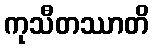
ကုသီတဿာတိ